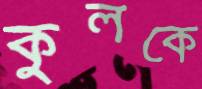
কুলকে